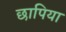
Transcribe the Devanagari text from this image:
छापिया